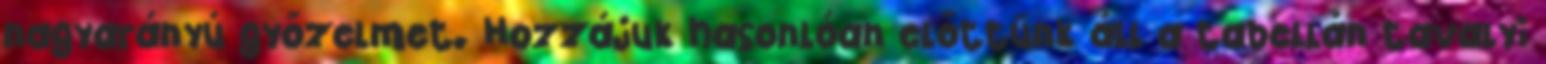
nagyarányú győzelmet. Hozzájuk hasonlóan előttünk áll a tabellán tavalyi